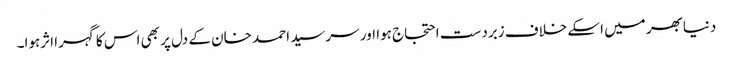
دنیابھر میں اسکے خلاف زبردست احتجاج ہوا اور سرسید احمد خان کے دل پر بھی اس کا گہرا اثرہوا۔